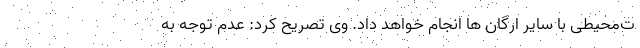
ت‌محیطی با سایر ارگان ها انجام خواهد داد. وی تصریح کرد: عدم توجه به